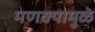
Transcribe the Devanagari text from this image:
मणक्यामुळे